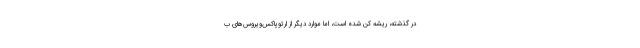
در گذشته، ریشه کن شده است، اما موارد دیگر از ارتوپاکس‌ویروس‌های ب